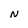
Character: N